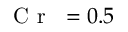
\mathrm { ~ \textit ~ { ~ C ~ r ~ } ~ } = 0 . 5